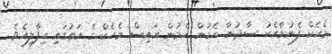
މެހެކް ފެނުމާއެކު ސާދުނާ ހެމުން ހެމުން އައިސް މެހެކް ގެ އަތުގައި ހިފާލިއެވެ.